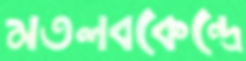
মতলবকেন্দ্রে